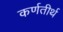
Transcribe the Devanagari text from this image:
कर्णतीर्थ